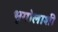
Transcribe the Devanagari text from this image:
भूगोलाशी